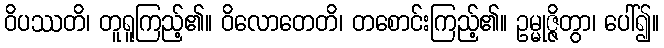
ဝိပဿတိ၊ တူရူကြည့်၏။ ဝိလောတေတိ၊ တစောင်းကြည့်၏။ ဥမ္မုဇ္ဇိတွာ၊ ပေါ်၍။